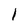
Character: l